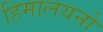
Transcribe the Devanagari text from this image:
हिमालयनो